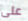
على